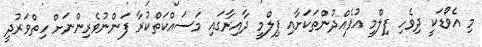
މި އެވޯޑަކީ ދިވެހި ފިލްމީ އުފެއްދުންތަކަށާއި ފިލްމީ ދާއިރާގައި މަސައްކަތްކުރާ ފަންނުވެރިންނަށް ހިތްވަރުދީ